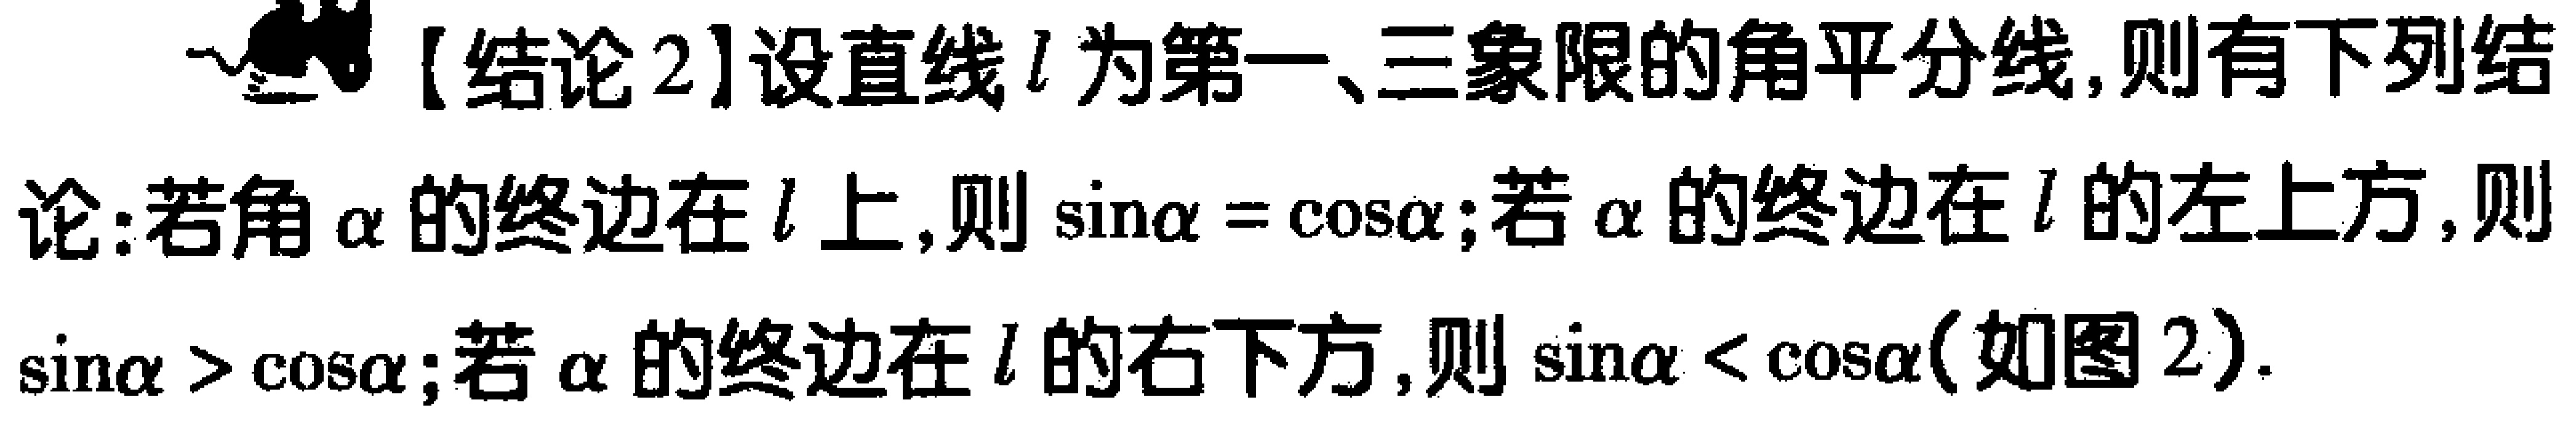
【结论2】设直线\(l\)为第一、三象限的角平分线,则有下列结论:若角\(\alpha\)的终边在\(l\)上,则\(\sin\alpha = \cos\alpha\);若\(\alpha\)的终边在\(l\)的左上方,则\(\sin\alpha > \cos\alpha\);若\(\alpha\)的终边在\(l\)的右下方,则\(\sin\alpha < \cos\alpha\)(如图2).